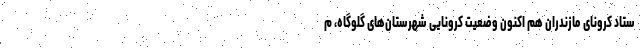
ستاد کرونای مازندران هم اکنون وضعیت کرونایی شهرستان‌های گلوگاه، م